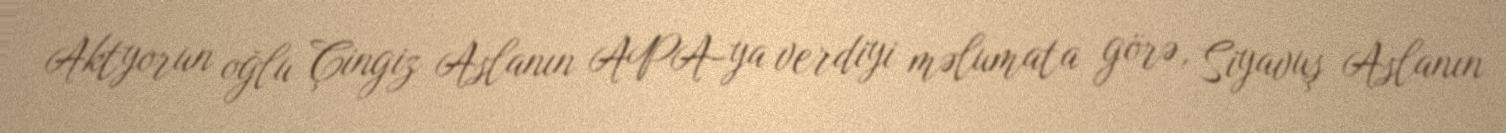
Aktyorun oğlu Çingiz Aslanın APA-ya verdiyi məlumata görə, Siyavuş Aslanın